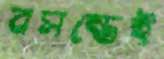
বসন্তেই